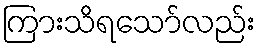
ကြားသိရသော်လည်း